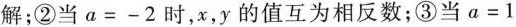
解；②当$$a = - 2 $$时，x，y的值互为相反数；③当$$a = 1$$